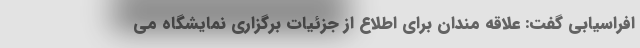
افراسیابی گفت: علاقه مندان برای اطلاع از جزئیات برگزاری نمایشگاه می